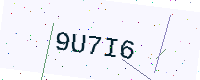
Text: 9U7I6